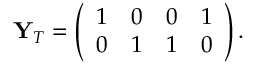
\mathbf { Y } _ { T } = \left( \begin{array} { c c c c } { 1 } & { 0 } & { 0 } & { 1 } \\ { 0 } & { 1 } & { 1 } & { 0 } \end{array} \right) .